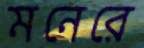
মনেরে